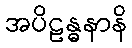
အပိဠန္ဓနာနိ